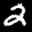
Label: 2